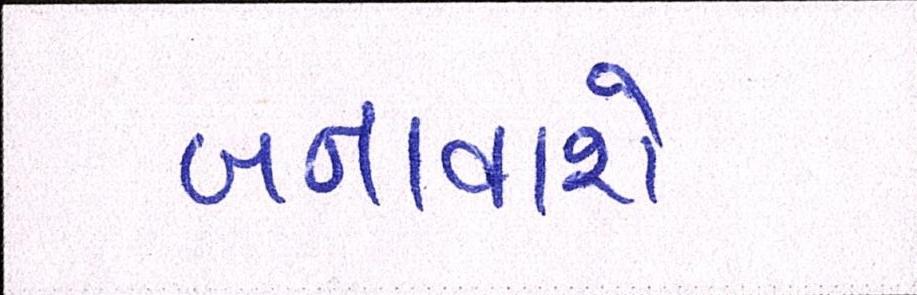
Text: બનાવાશે